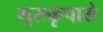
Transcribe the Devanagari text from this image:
गुरुकृपासे